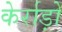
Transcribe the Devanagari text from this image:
केर्राड़ो